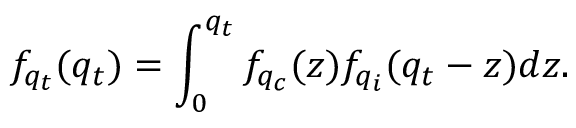
f _ { q _ { t } } ( q _ { t } ) = \int _ { 0 } ^ { q _ { t } } f _ { q _ { c } } ( z ) f _ { q _ { i } } ( q _ { t } - z ) d z .